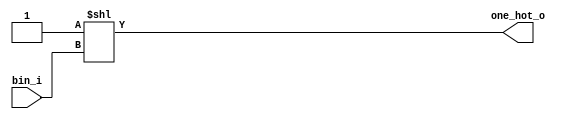
// Binary to one-hot

module day8#(
  parameter BIN_W       = 4,
  parameter ONE_HOT_W   = 16
)(
  input   wire[BIN_W-1:0]     bin_i,
  output  wire[ONE_HOT_W-1:0] one_hot_o
);

  assign one_hot_o = 1'b1 << bin_i;

endmodule